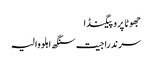
جھوٹا پروپیگنڈا
سرندرا جیت سنگھ اہلووالیہ